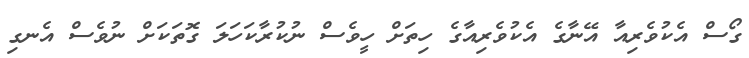
ގޯސް އެކުވެރިއާ އޭނާގެ އެކުވެރިއާގެ ހިތަށް ހީވެސް ނުކުރާކަހަލަ ގޮތަކަށް ނުވެސް އެނގި